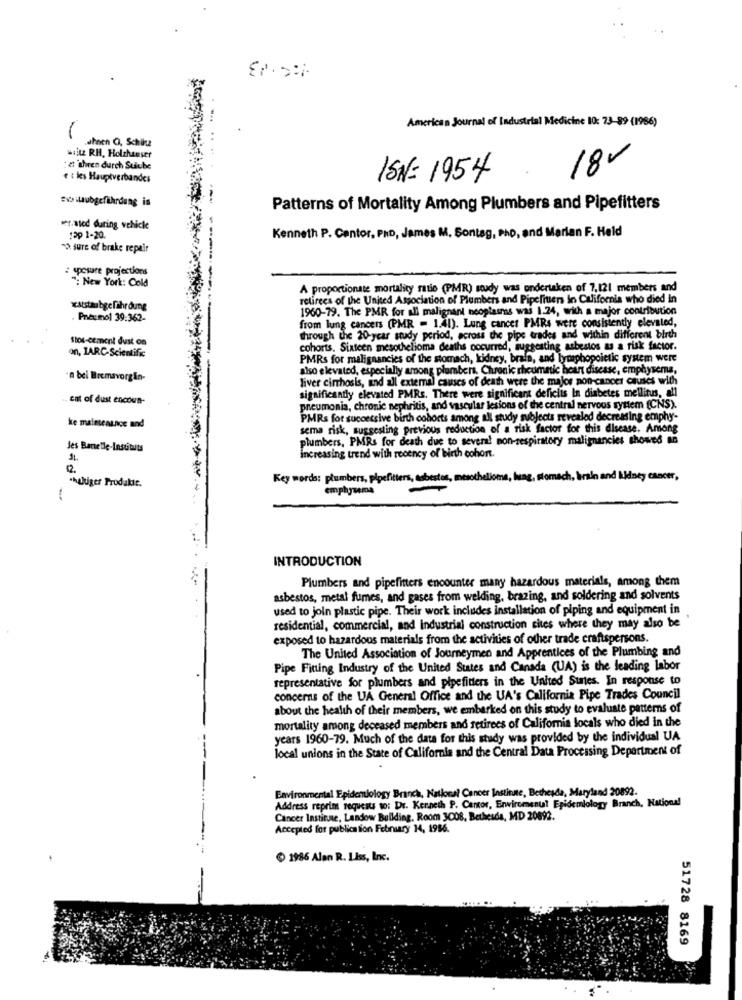
American Journal of Industrial Medicine 10: 73-89 (1966)
.ahnen O, Schiltz
waitz RH, Holzhauser
& dhuren durch Suiube
18
e : les Hauptverbandes
15N= 1954
waitaubgefährdung is
Patterns of Mortality Among Plumbers and Pipefitters
wer.ated during vehicle
Kenneth P. Centor, PHD, James M, Sontag, Php, and Marian F. Held
139 1-20.
sure of brake repair
spesure projections
": New York: Cold
A proportionate mortality ratio (PMR) study was undertaken of 7,121 members and
retirees of the United Association of Plumbers and Pipefitiens in California who died In
xatstabgefährdung
1960-79. The PMR for all malignant neoplasms was 1.24, with a major contribution
Pneumol 39:362-
from lung cancers (PMR = 1.41). Lung cancer PMRs were consistently elevated,
Stos-cement dust on
through the 20-year study period, across the pipe trades and within different birth
on, IARC- Scientific
cohorts. Sixteen mesothelioma deaths occurred, suggesting asbestos as a risk factor.
PMRs for malignancies of the stomach, kidney, brain, and lymphopoietic system were
also elevated, especially among plumbers, Chronic rheumatic heart disease, emphysema,
'n bei Bremavorgin-
liver cirrhosis, and all external causes of death were the major pon-cancer causes with
significantly elevated PMRs. There were significant deficiis In diabetes mellitus, all
ent of dust encoun-
pneumonia, chronic nephritis, and vascular lesions of the central nervous system (CNS).
PMRs for successive birth cohorts among all study subjects revealed decreasing emphy-
ke maintenance and
sema risk, suggesting previous reduction of a risk factor for this disease. Among
plumbers, PMRs for death due to several mon-respiratory malignancies showed ao
Jes Barelle-Instituts
increasing trend with recency of birth cohort.
12.
chultiger Produkte.
Key words: plumbers, pipefitters, asbestos, mesothelioma, lag, stomach, brain and kidney cancer,
emphysema
-
INTRODUCTION
Plumbers and pipefitters encounter many hazardous materials, among them
asbestos, metal fumes, and gases from welding, brazing, and soldering and solvents
used to join plastic pipe. Their work includes installation of piping and equipment in
residential, commercial, and industrial construction sites where they may also be
exposed to hazardous materials from the activities of other trade craftspersons.
The United Association of Journeymen and Apprentices of the Plumbing and
Pipe Fitting Industry of the United States and Canada (UA) is the leading labor
representative for plumbers and pipefitters in the United States. In response to
concerns of the UA General Office and the UA's California Pipe Trades Council
about the health of their members, we embarked on this study to evaluate patterns of
mortality among deceased members and retirees of California locals who died in the
years 1960-79. Much of the data for this study was provided by the individual UA
local unions in the State of California and the Central Data Processing Department of
Environmental Epidemiology Branch, National Cancer Instinte, Bethesda, Maryland 20892.
Address reprim requests to: Dr. Kenneth P. Cantor, Erwiremenut Epidemiology Branch, National
Cancer Institute, Landow Building, Room 3008, Bethesda, MD 20892.
Accepted for publica tion February 14, 1986.
1986 Alan R. LIss, Inc.
51728 8169